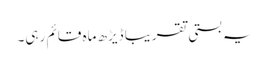
یہ بستی تقریبا ڈیڑھ ماہ قائم رہی۔